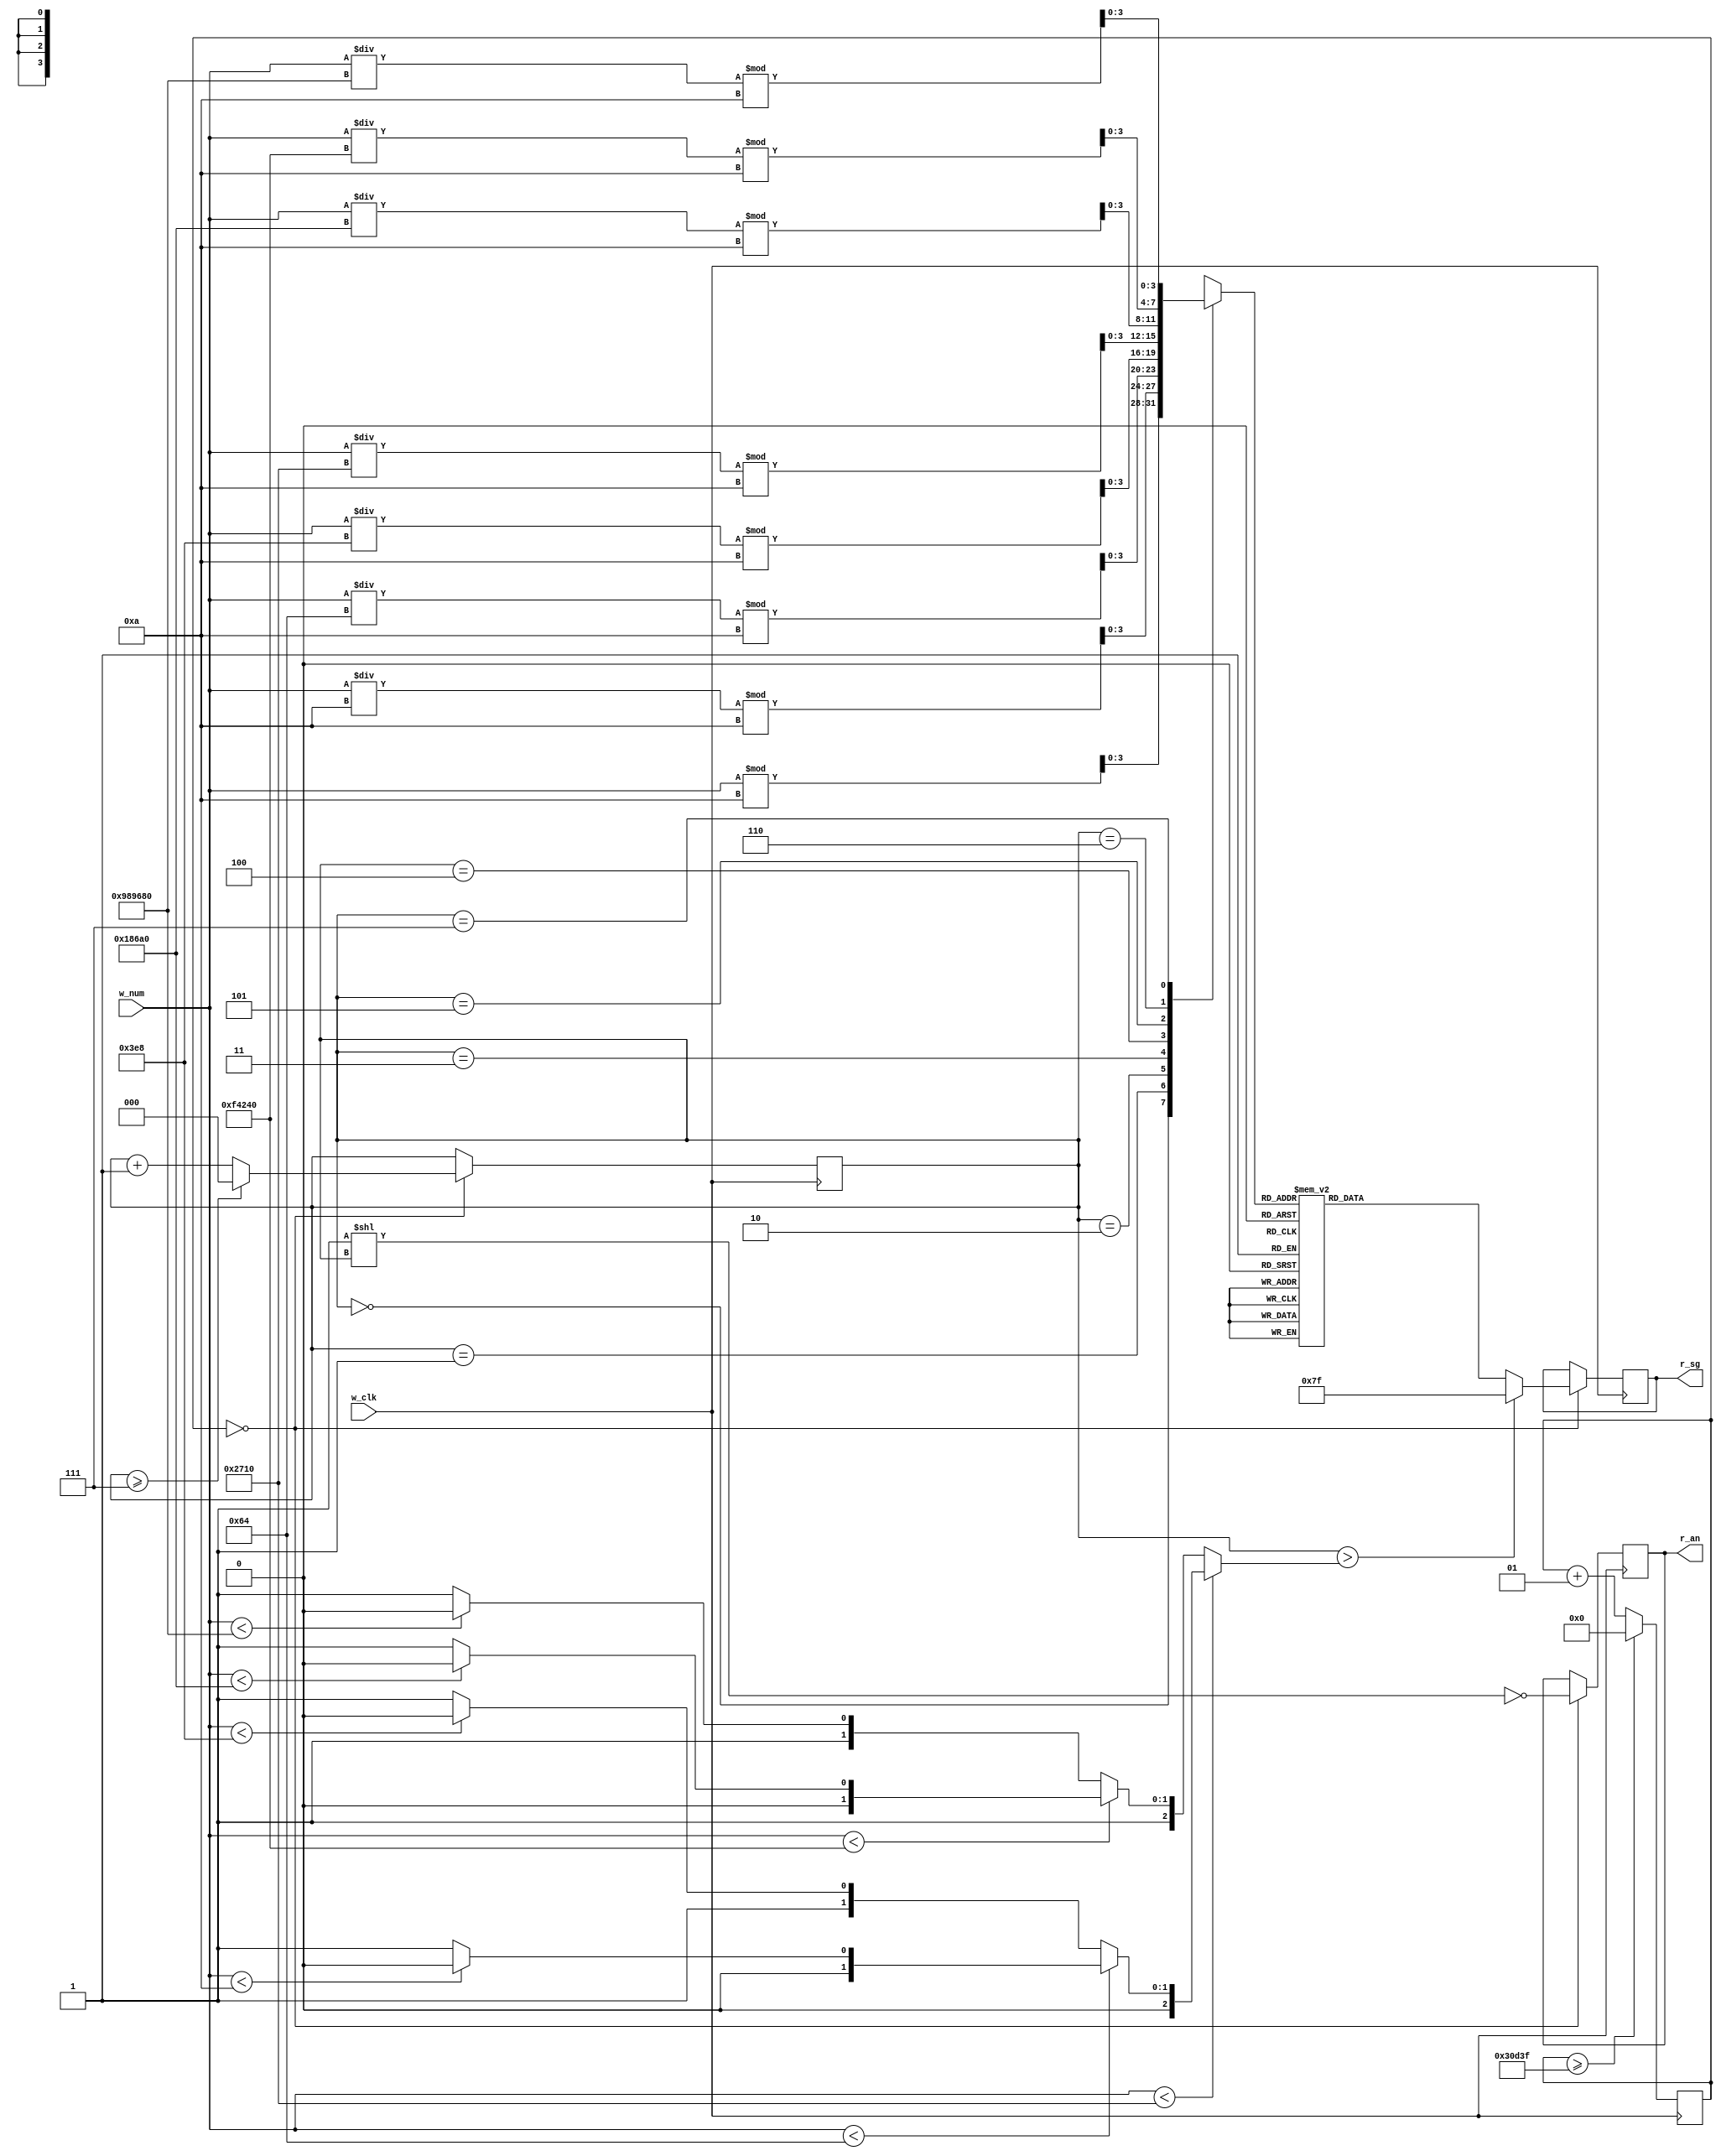
`default_nettype none

module m_led_decimal
  (input wire w_clk,
   input wire [31:0] w_num,
   output reg [7:0] r_an,
   output reg [6:0] r_sg);
  parameter PADDING = 7'b1111111;
  parameter DIGIT_MAX = 7;
  parameter CNT_MAX = 199_999;
  
  reg [2:0] r_digit = 3'd0;
  wire [3:0] w_digit_num = f_get_digit_num(w_num, r_digit);
  wire [6:0] w_sg = f_digit_seg(w_digit_num, PADDING);
  wire [2:0] w_num_max_digit = f_num_max_digit(w_num);
  
  integer i_cnt = 1;
  
  always @(posedge w_clk) begin
    i_cnt <= (i_cnt >= CNT_MAX) ? 0 : i_cnt + 1;
    
    if (i_cnt == 0) begin
      r_digit <= (r_digit >= DIGIT_MAX) ? 3'd0 : r_digit + 1;
      r_an <= ~(8'b1 << r_digit);
      r_sg <= (r_digit > w_num_max_digit) ? PADDING : w_sg;
    end
  end
  
  function [2:0] f_num_max_digit
    (input [31:0] num);
//    if (num < 10) f_num_max_digit = 0;
//    else if (num < 100) f_num_max_digit = 1;
//    else if (num < 1_000) f_num_max_digit = 2;
//    else if (num < 10_000) f_num_max_digit = 3;
//    else if (num < 100_000) f_num_max_digit = 4;
//    else if (num < 1_000_000) f_num_max_digit = 5;
//    else if (num < 10_000_000) f_num_max_digit = 6;
//    else f_num_max_digit = 7;
    
    if (num < 10_000) begin
      if (num < 100)
        f_num_max_digit = (num < 10) ? 0 : 1;
      else
        f_num_max_digit = (num < 1_000) ? 2 : 3;
    end
    else begin
      if (num < 1_000_000)
        f_num_max_digit = (num < 100_000) ? 4 : 5;
      else
        f_num_max_digit = (num < 10_000_000) ? 6 : 7;
    end
  endfunction
  
  function [3:0] f_get_digit_num
    (input [31:0] num,
     input [2:0] digit);
    case (digit)
      3'd0:    f_get_digit_num =  num               % 10;
      3'd1:    f_get_digit_num = (num /         10) % 10;
      3'd2:    f_get_digit_num = (num /        100) % 10;
      3'd3:    f_get_digit_num = (num /      1_000) % 10;
      3'd4:    f_get_digit_num = (num /     10_000) % 10;
      3'd5:    f_get_digit_num = (num /    100_000) % 10;
      3'd6:    f_get_digit_num = (num /  1_000_000) % 10;
      3'd7:    f_get_digit_num = (num / 10_000_000) % 10;
      default: f_get_digit_num = 0;
    endcase
  endfunction
  
  function [6:0] f_digit_seg
    (input [3:0] digit_num,
     input [6:0] padding);
    case (digit_num)
      4'h0:    f_digit_seg = 7'b0000001;
      4'h1:    f_digit_seg = 7'b1001111;
      4'h2:    f_digit_seg = 7'b0010010;
      4'h3:    f_digit_seg = 7'b0000110;
      4'h4:    f_digit_seg = 7'b1001100;
      4'h5:    f_digit_seg = 7'b0100100;
      4'h6:    f_digit_seg = 7'b0100000;
      4'h7:    f_digit_seg = 7'b0001111;
      4'h8:    f_digit_seg = 7'b0000000;
      4'h9:    f_digit_seg = 7'b0000100;
      default: f_digit_seg = padding;
    endcase
  endfunction
endmodule

module m_dual_led_decimal
  (input wire w_clk,
   input wire [15:0] w_num1, w_num2,
   output reg [7:0] r_an,
   output reg [6:0] r_sg);
  parameter PADDING = 7'b1111111;
  parameter CNT_MAX = 199_999;
  
  reg [2:0] r_digit = 3'd0;
  wire [15:0] w_num = r_digit[2] ? w_num1 : w_num2;
  wire [3:0] w_digit_num = f_get_digit_num(w_num, r_digit[1:0]);
  wire [6:0] w_sg = f_digit_seg(w_digit_num, PADDING);
  wire [1:0] w_num_max_digit = f_num_max_digit(w_num);
  
  integer i_cnt = 1;
  always @(posedge w_clk) begin
    i_cnt <= (i_cnt == CNT_MAX) ? 0 : i_cnt + 1;
    
    if (i_cnt == 0) begin
      r_digit <= r_digit + 1;
      r_an <= ~(8'b1 << r_digit);
      r_sg <= (r_digit[1:0] > w_num_max_digit) ? PADDING : w_sg; 
    end
  end
  
  function [3:0] f_get_digit_num
    (input [15:0] num,
     input [2:0] digit);
    case (digit)
      3'd0:    f_get_digit_num =  num               % 10;
      3'd1:    f_get_digit_num = (num /         10) % 10;
      3'd2:    f_get_digit_num = (num /        100) % 10;
      3'd3:    f_get_digit_num = (num /      1_000) % 10;
      default: f_get_digit_num = 0;
    endcase
  endfunction

  function [6:0] f_digit_seg
    (input [3:0] digit_num,
     input [6:0] padding);
    case (digit_num)
      4'h0:    f_digit_seg = 7'b0000001;
      4'h1:    f_digit_seg = 7'b1001111;
      4'h2:    f_digit_seg = 7'b0010010;
      4'h3:    f_digit_seg = 7'b0000110;
      4'h4:    f_digit_seg = 7'b1001100;
      4'h5:    f_digit_seg = 7'b0100100;
      4'h6:    f_digit_seg = 7'b0100000;
      4'h7:    f_digit_seg = 7'b0001111;
      4'h8:    f_digit_seg = 7'b0000000;
      4'h9:    f_digit_seg = 7'b0000100;
      default: f_digit_seg = padding;
    endcase
  endfunction
  
  function [1:0] f_num_max_digit
    (input [15:0] num);
    if (num < 100) f_num_max_digit = (num < 10) ? 2'd0 : 2'd1;
    else f_num_max_digit = (num < 1_000) ? 2'd2 : 2'd3;
  endfunction
endmodule